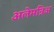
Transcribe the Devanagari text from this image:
अलेमन्निअ